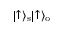
\lvert \uparrow \rangle _ { \mathrm { s } } \lvert \uparrow \rangle _ { \mathrm { o } }